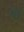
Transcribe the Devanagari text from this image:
पेप्र